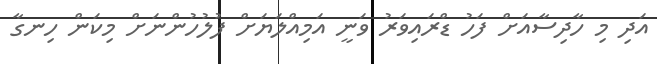
އަދި މި ހާދިސާއަށް ފަހު ޑްރައިވަރު ވަނީ އަމިއްލަޔަށް ފުލުހުންނަށް މިކަން ހިނގާ